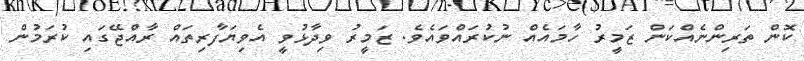
ކޮން ތަރިންނެއްކަން ޒަމީރު ހާމައެއް ނުކުރައްވައެވެ. ޒަމީރު ވިދާޅުވީ އެވިޔަފާރިތައް ރާއްޖޭގައި ކުރަމުން